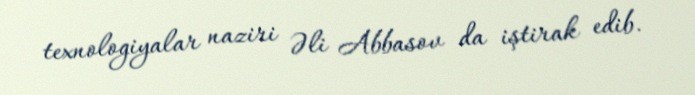
texnologiyalar naziri Əli Abbasov da iştirak edib.